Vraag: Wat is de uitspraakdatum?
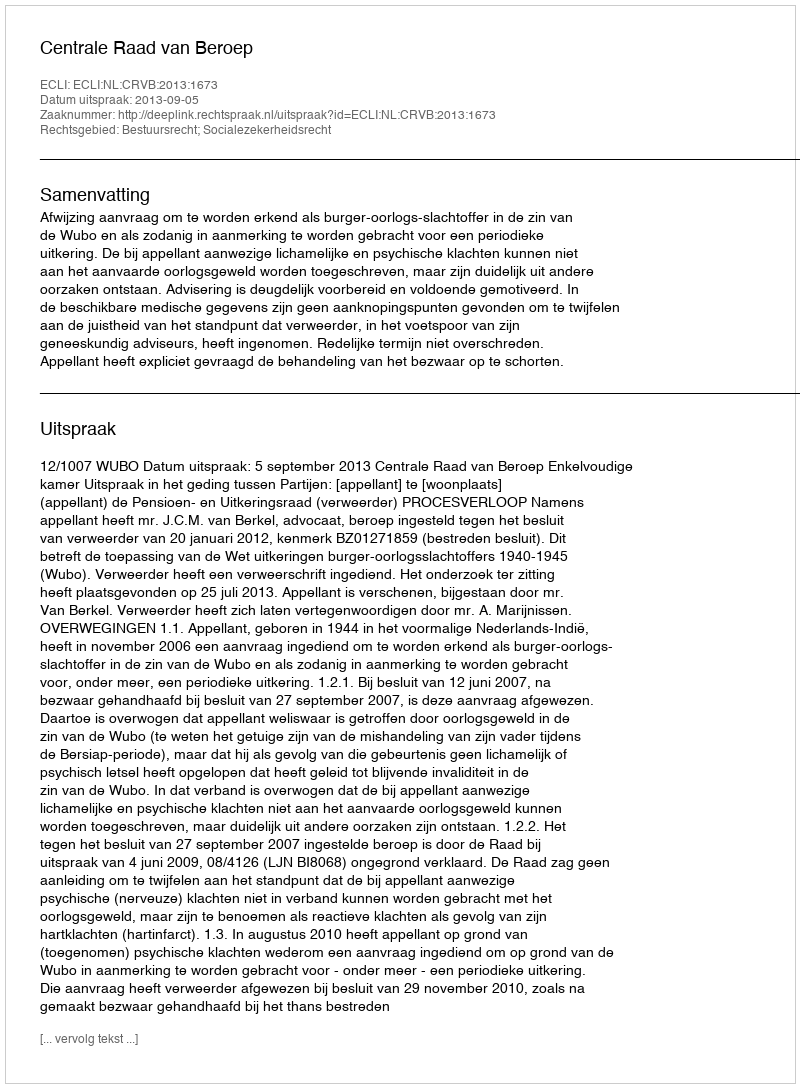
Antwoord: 2013-09-05